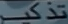
تذكر